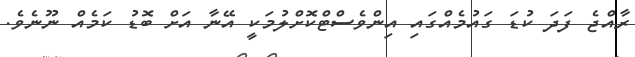
ރާއްޖެ ފަދަ ކުޑަ ގައުމެއްގައި އިންވެސްޓްކޮށްލުމަކީ އޭނާ އަށް ބޮޑު ކަމެއް ނޫނެވެ.